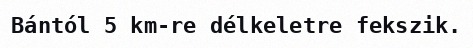
Bántól 5 km-re délkeletre fekszik.